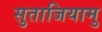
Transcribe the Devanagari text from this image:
सुताजियामु